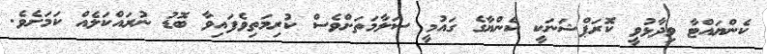
ކެންޔައްޓާ ވިދާޅުވީ ކޮރަޕްޝަނަކީ ކެންޔާގެ ގައުމީ ސަލާމަތަށްވެސް ކުރިމަތިވެފައިވާ ބޮޑު ނުރައްކަލެއް ކަމަށެވެ.